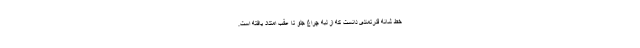
خط شانه قدرتمندی دانست که از لبه چراغ جلو تا عقب امتداد یافته است.